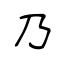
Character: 乃